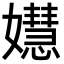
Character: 𡣺